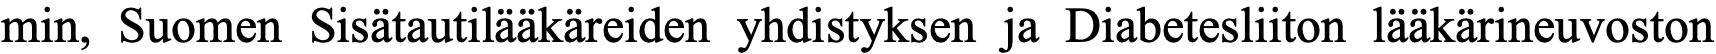
min, Suomen Sisätautilääkäreiden yhdistyksen ja Diabetesliiton lääkärineuvoston